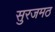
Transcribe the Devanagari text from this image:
सुरजमठ